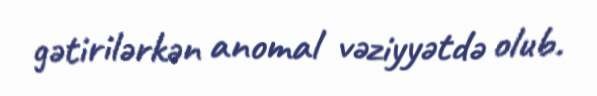
gətirilərkən anomal vəziyyətdə olub.